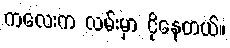
ကလေးက လမ်းမှာ ငိုနေတယ်။